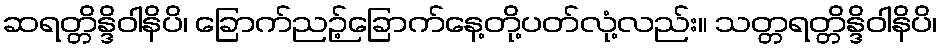
ဆရတ္တိန္ဒိဝါနိပိ၊ ခြောက်ညဉ့်ခြောက်နေ့တို့ပတ်လုံ့လည်း။ သတ္တရတ္တိန္ဒိဝါနိပိ၊